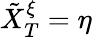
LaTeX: \tilde{X}_{T}^{\xi}=\eta